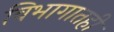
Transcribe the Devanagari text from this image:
विभागातही